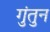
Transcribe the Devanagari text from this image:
गुंतुन